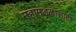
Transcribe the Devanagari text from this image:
महामंडळासाठी